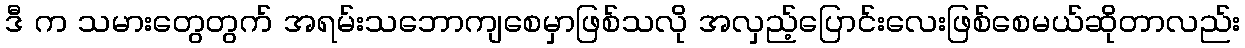
ဒီ က သမားတွေတွက် အရမ်းသဘောကျစေမှာဖြစ်သလို အလှည့်ပြောင်းလေးဖြစ်စေမယ်ဆိုတာလည်း